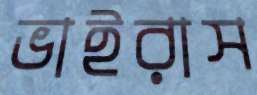
ভাইরাস